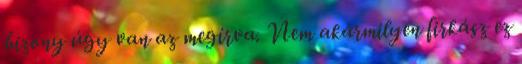
bizony úgy van az megírva. Nem akármilyen firkász ez